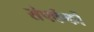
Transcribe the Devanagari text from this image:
संपर्ककों